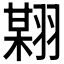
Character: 𱻟